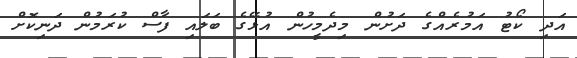
އަދި ކޯޓު އަމުރެއްގެ ދަށުން މިދެމީހުން އުޅޭގެ ބަލައި ފާސް ކުރަމުން ދަނިކޮށް